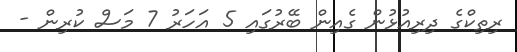
ރިތިކްގެ ދިރިއުޅުން ގެއިން ބޭރުގައި 5 އަހަރު 7 މަސް ކުރިން -